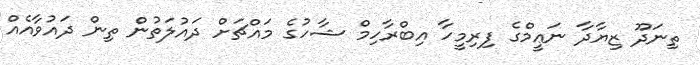
ތިނަދޫ ޒިޔާދާ ނަޢީމްގެ ފިރިމީހާ އިބްރާހިމް ޝާހުގެ މައްޗަށް ދައުލަތުން ތިން ދައުވާއެއް